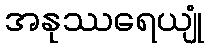
အနုဿရေယျုံ